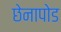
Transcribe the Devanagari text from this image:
छेनापोड